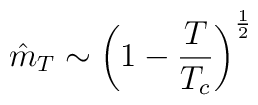
\hat{m}_T \sim \left(1 - \frac{T}{T_c}\right)^{\frac{1}{2}}